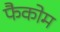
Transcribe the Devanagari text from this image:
फैकोम